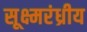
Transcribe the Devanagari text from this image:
सूक्ष्मरंध्रीय